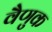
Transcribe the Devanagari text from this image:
वैणुक